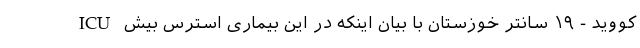
ICU کووید - ۱۹ سانتر خوزستان با بیان اینکه در این بیماری استرس بیش